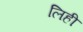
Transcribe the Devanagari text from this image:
लिही